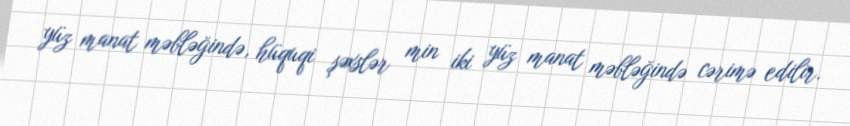
yüz manat məbləğində, hüquqi şəxslər min iki yüz manat məbləğində cərimə edilir.